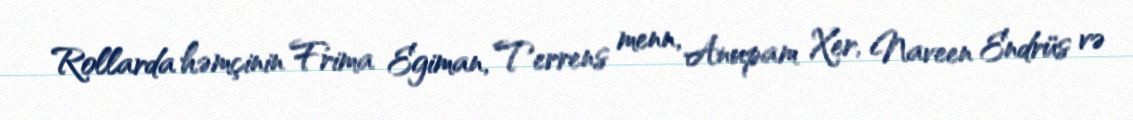
Rollarda həmçinin Frima Egiman, Terrens menn, Anupam Xer, Naveen Endrüs və